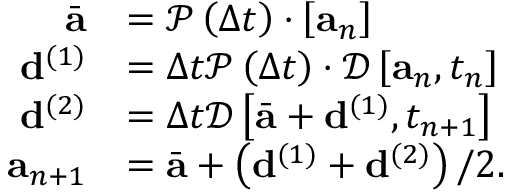
\begin{array} { r } { \begin{array} { r l } { \bar { \mathbf { a } } } & { = \mathcal { P } \left( \Delta t \right) \cdot \left[ \mathbf { a } _ { n } \right] } \\ { \mathbf { d } ^ { ( 1 ) } } & { = \Delta t \mathcal { P } \left( \Delta t \right) \cdot \mathcal { D } \left[ \mathbf { a } _ { n } , t _ { n } \right] } \\ { \mathbf { d } ^ { ( 2 ) } } & { = \Delta t \mathcal { D } \left[ \bar { \mathbf { a } } + \mathbf { d } ^ { ( 1 ) } , t _ { n + 1 } \right] } \\ { \mathbf { a } _ { n + 1 } } & { = \bar { \mathbf { a } } + \left( \mathbf { d } ^ { ( 1 ) } + \mathbf { d } ^ { ( 2 ) } \right) / 2 . } \end{array} } \end{array}